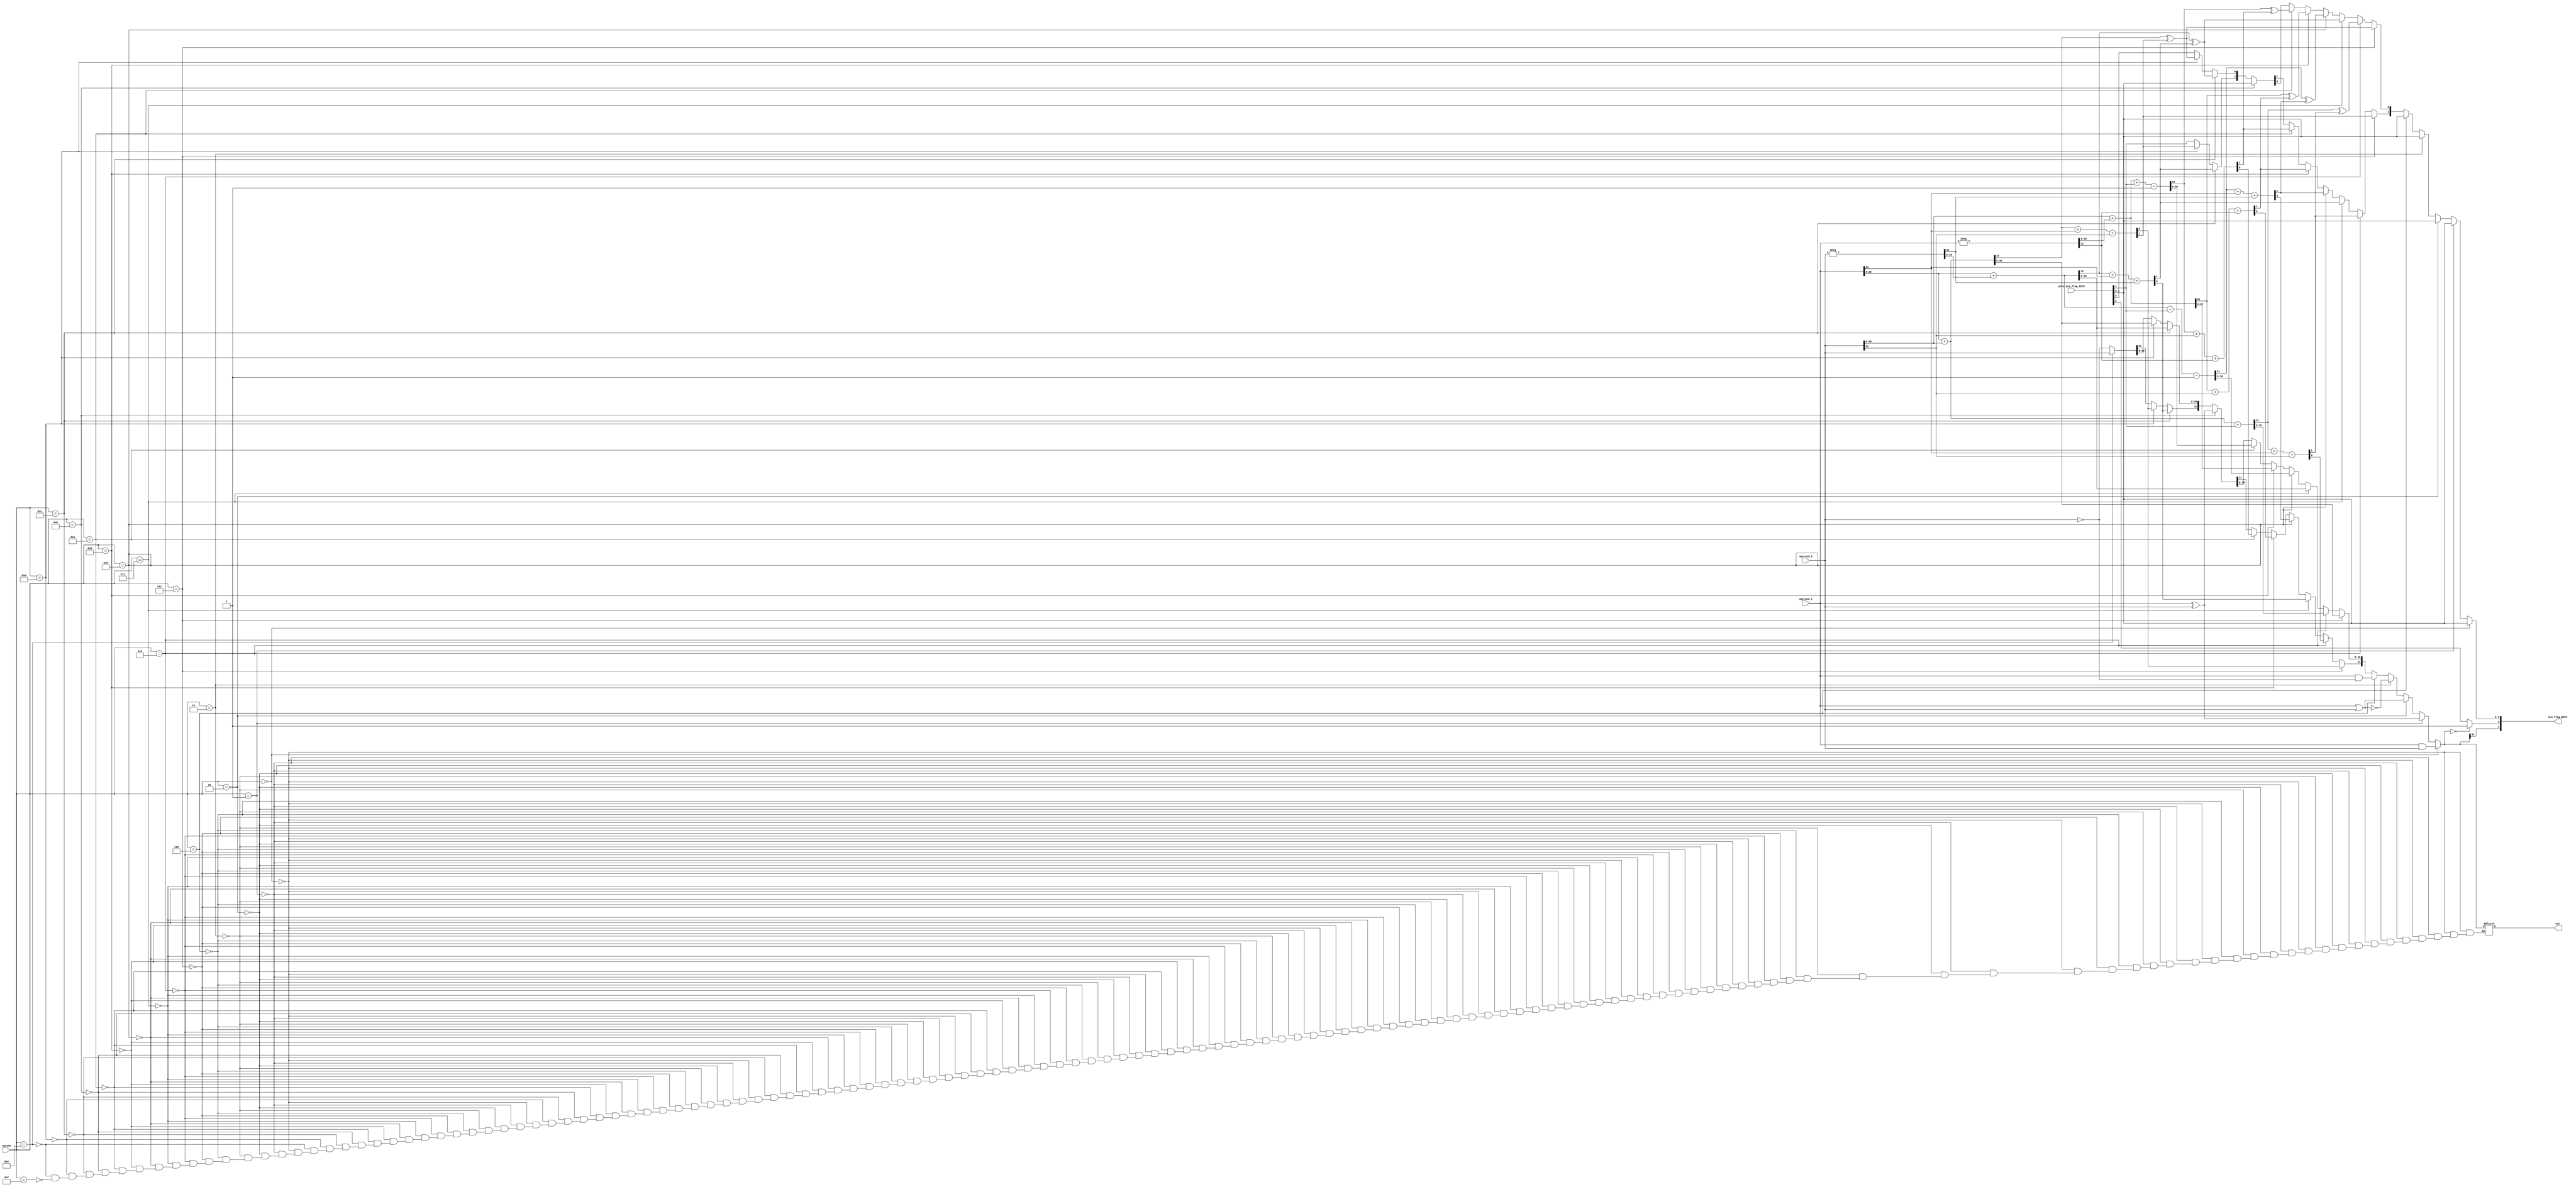
//ALU processor

//Below are logical instructions
`define AND 4'd0    //operand1 AND operand2
`define EOR 4'd1    //operand1 EXOR operand2
`define ORR 4'd2    //operand1 OR operand2
`define ORN 4'd3    //operand1 NOR operand2
`define BIC 4'd4    //operand1 AND NOT operand2 (bit clear) i.e AB'


//Below are arithmetic instructions
`define ADD 4'd5    //operand1 + operand2
`define ADC 4'd6    //operand1 + operand2 + carry
`define SUB 4'd7    //operand1 - operand2
`define SBC 4'd8    //operand1 - operand2 + carry - 1
`define RSB 4'd9    //operand2 - operand1             (reverse subtract)
`define RSC 4'd10   //operand2 - operand1 + carry - 1 (reverse subtract with carry)

//Below are comparision instructions
`define TEQ 4'd11    //operand1 EXOR operand2  (Test equivalence i.e output=0 for equivalent numbers)
`define CMP 4'd12   //operand1 - operand2    (compare) used to find > or < 
`define CMN 4'd13    //operand1 + operand2   (compare if one operand in negative), can be used to compare absolute values

//Below are data movement operations
`define MOV 4'd14   //MOV operand2
`define MVN 4'd15   //MOV NOT operand2

module ALU_processor(opcode, operand_1, operand_2, out, prev_ALU_flag_NZCV, ALU_flag_NZCV);

parameter N = 32; 

input[3:0] opcode;	//opcode of operation
input wire [N-1:0] operand_1; 
input wire [N-1:0] operand_2;
input wire[3:0] prev_ALU_flag_NZCV; //old values of NZCV


//N = Negative result from ALU flag.
//Z = Zero result from ALU flag.
//C = ALU operation Carried out
//V = ALU operation oVerflowed

output reg[N-1:0] out; 
output reg [3:0] ALU_flag_NZCV; 	//update NZCV values of flag register

reg cin;
reg cout;
reg[N-1:0] inverted;

always @(*) 
  begin
  ALU_flag_NZCV = prev_ALU_flag_NZCV;
  
  if (opcode == `AND)
      begin
			out = operand_1 & operand_2;
			
      end
	  
  else if (opcode == `EOR)  
      begin
			out = operand_1 ^ operand_2;
			
	  end
	  
  else if (opcode == `ORR)  
      begin
			out = operand_1 | operand_2;
			
	  end
	  
  else if (opcode == `ORN)  
      begin
			out = ~(operand_1 | operand_2);
			
	  end
	  
  else if (opcode == `BIC) 
      begin
			out = operand_1 & (~operand_2);		
	  end
	  
	//--------------------------------------------------
  else if (opcode == `ADD) 
      begin
			{cin, out[N-2:0]} = operand_1[N-2:0]+operand_2[N-2:0]; 
			{cout, out[N-1]} = cin + operand_1[N-1]+operand_2[N-1];
			ALU_flag_NZCV[1]  = cout;	//carry flag
			ALU_flag_NZCV[0] = cin^cout; //overflow flag	
	  end	
	  
   else if (opcode == `ADC)	  
      begin
			{cin, out[N-2:0]} = operand_1[N-2:0]+operand_2[N-2:0]+prev_ALU_flag_NZCV[1]; 
			{cout, out[N-1]} = cin + operand_1[N-1]+operand_2[N-1];
			ALU_flag_NZCV[1]  = cout;	//carry flag
			ALU_flag_NZCV[0] = cin^cout; //overflow flag
		end
	
	else if (opcode == `SUB)
      begin
			inverted = -operand_2;
			{cin, out[N-2:0]} = operand_1[N-2:0]+inverted[N-2:0]; 
			{cout, out[N-1]} = cin + operand_1[N-1]+inverted[N-1];
			ALU_flag_NZCV[1]  = cout;	//carry flag
			ALU_flag_NZCV[0] = cin^cout; //overflow flag
		end	
		
    else if (opcode == `SBC)
	  begin
			inverted = -operand_2;
			{cin, out[N-2:0]} = operand_1[N-2:0]+inverted[N-2:0]+prev_ALU_flag_NZCV[1]-1; 
			{cout, out[N-1]} = cin + operand_1[N-1]+inverted[N-1];
			ALU_flag_NZCV[1]  = cout;	//carry flag
			ALU_flag_NZCV[0] = cin^cout; //overflow flag	
		end
		
	else if (opcode == `RSB)
	  begin
			inverted = -operand_1;
			{cin, out[N-2:0]} = operand_2[N-2:0]+inverted[N-2:0]; 
			{cout, out[N-1]} = cin+ operand_2[N-1]+inverted[N-1];
			ALU_flag_NZCV[1]  = cout;	//carry flag
			ALU_flag_NZCV[0] = cin^cout; //overflow flag
	  end
	  
	else if (opcode == `RSC)
	  begin
			inverted = -operand_1;
			{cin, out[N-2:0]} = operand_2[N-2:0]+inverted[N-2:0]+prev_ALU_flag_NZCV[1]-1; 
			{cout, out[N-1]} = cin + operand_2[N-1]+inverted[N-1];
			ALU_flag_NZCV[1]  = cout;	//carry flag
			ALU_flag_NZCV[0] = cin^cout; //overflow flag
	  end
	//--------------------------------------------------------------------------------------------		
		
	else if (opcode == `TEQ) 
	  begin
			out = operand_1 ^ operand_2;
			
      end
	
	else if (opcode == `CMP)
	  begin
			inverted = -operand_2;
			{cin, out[N-2:0]} = operand_1[N-2:0]+inverted[N-2:0]; 
			{cout, out[N-1]} = cin + operand_1[N-1]+inverted[N-1];
			ALU_flag_NZCV[1]  = cout;	//carry flag
			ALU_flag_NZCV[0] = cin^cout; //overflow flag
	  end
	
	else if (opcode == `CMN)
	  begin
			{cin, out[N-2:0]} = operand_1[N-2:0]+operand_2[N-2:0]; 
			{cout, out[N-1]} = cin + operand_1[N-1]+operand_2[N-1];
			ALU_flag_NZCV[1]  = cout;	//carry flag
			ALU_flag_NZCV[0] = cin^cout; //overflow flag
	  end
	 
    else if (opcode == `MOV)
      begin
			out = operand_2;
			
	  end
	  
    else if (opcode == `MVN)
      begin
			out = ~operand_2;
			
	 end	
	 //end if
	 
	 if (out == 0)
	 begin
	       ALU_flag_NZCV[2] = 1;
     end
	 ALU_flag_NZCV[3] = out[N-1];
	 
  end
endmodule